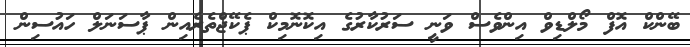
ބޭންކް އޮފް މޯލްޑިވް އިންވެސް ވަނީ ސަރުކާރުގެ އިކޮނޮމިކް ޕެކޭޖްތެރެއިން ޕާސަނަލް ހައުސިން